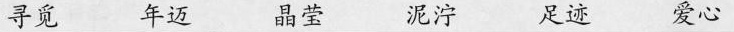
寻觅 年迈 晶莹 泥泞 足迹 爱心